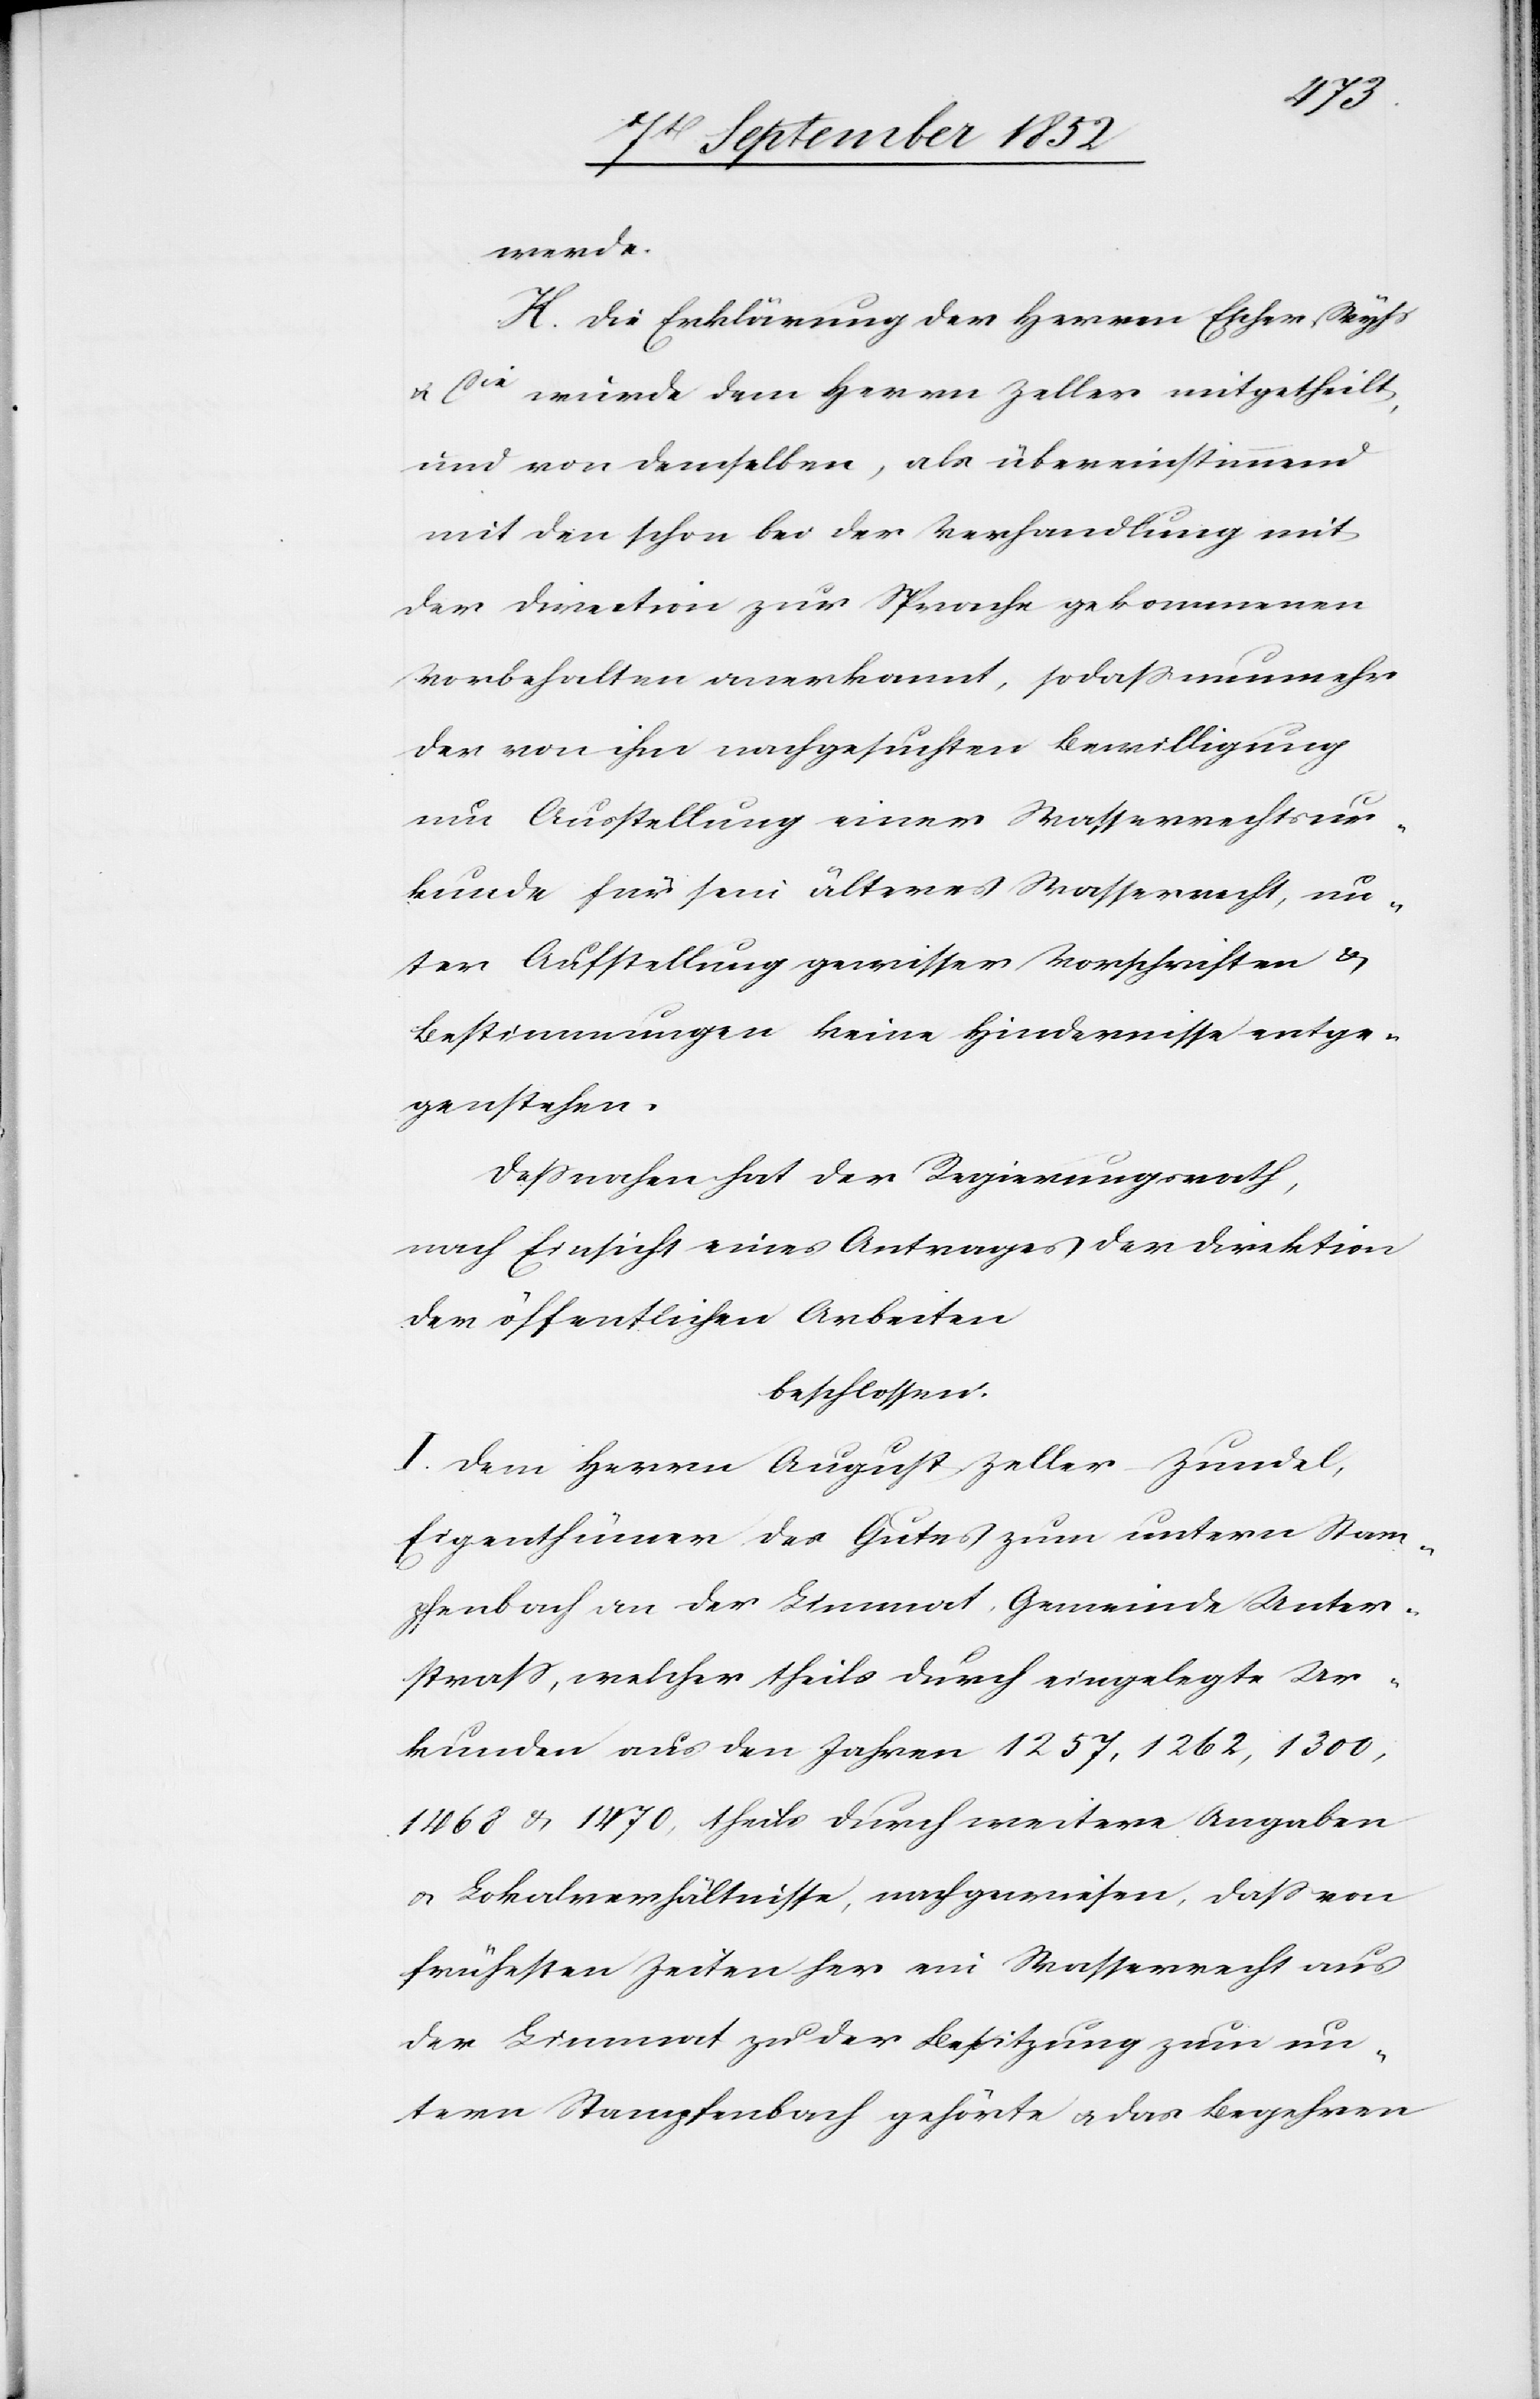
werde.
K. Die Erklärung der Herren Escher, Wys¬
s & Cie
wurde dem Herrn Zeller mitgetheilt,
und von demselben, als übereinstimmend
mit den schon bei der Verhandlung mit
der Direction zur Sprache gekommenen
Vorbehalten anerkannt, so dass nunmehr
der von ihm nachgesuchten Bewilligung
um Ausstellung einer Wasserrechtsur¬
kunde für sein älteres Wasserrecht, un¬
ter Aufstellung gewisser Vorschriften &
Bestimmungen keine Hindernisse entge¬
genstehen.
Dessnahen hat der Regierungsrath,
nach Einsicht eines Antrages der Direktion
der öffentlichen Arbeiten
beschlossen:
I. Dem Herrn August Zeller-Zundel,
Eigenthümer des Gutes zum untern Stam¬
pfenbach an der Limmat, Gemeinde Unter¬
strass, welcher theils durch eingelegte Ur¬
kunden aus den Jahren 1257, 1262, 1300,
1468 & 1470, theils durch weitere Angaben
& Lokalverhältnisse, nachgewiesen, dass von
frühesten Zeiten her ein Wasserrecht aus
der Limmat zu der Besitzung zum un¬
tern Stampfenbach gehörte & das Begehren